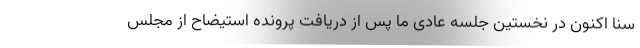
سنا اکنون در نخستین جلسه عادی ما پس از دریافت پرونده استیضاح از مجلس